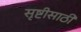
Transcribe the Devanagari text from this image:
सृष्टीसाठी